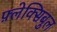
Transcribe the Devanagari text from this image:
फ़्लेक्सिबुल